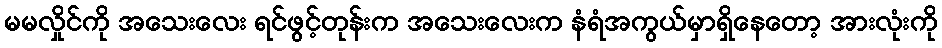
မမလှိုင်ကို အသေးလေး ရင်ဖွင့်တုန်းက အသေးလေးက နံရံအကွယ်မှာရှိနေတော့ အားလုံးကို